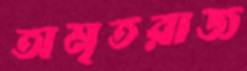
অমৃতরাজ